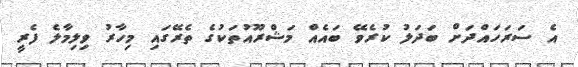
އެ ސަރަހައްދަށް ބަދަލު ކުރެވޭ ބައެއް މަޝްރޫއުތަކުގެ ތެރޭގައި މިހާރު ވިލިމާލެ ފެރީ